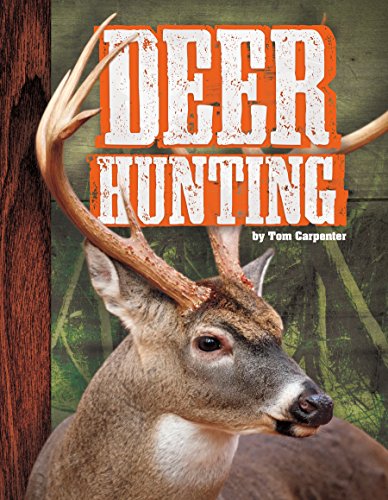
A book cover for Deer Hunting; Tom Carpenter; Children's Books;